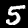
Digit: 5